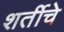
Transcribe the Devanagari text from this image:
शर्तीचे